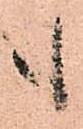
も